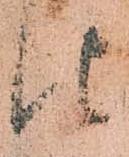
仕